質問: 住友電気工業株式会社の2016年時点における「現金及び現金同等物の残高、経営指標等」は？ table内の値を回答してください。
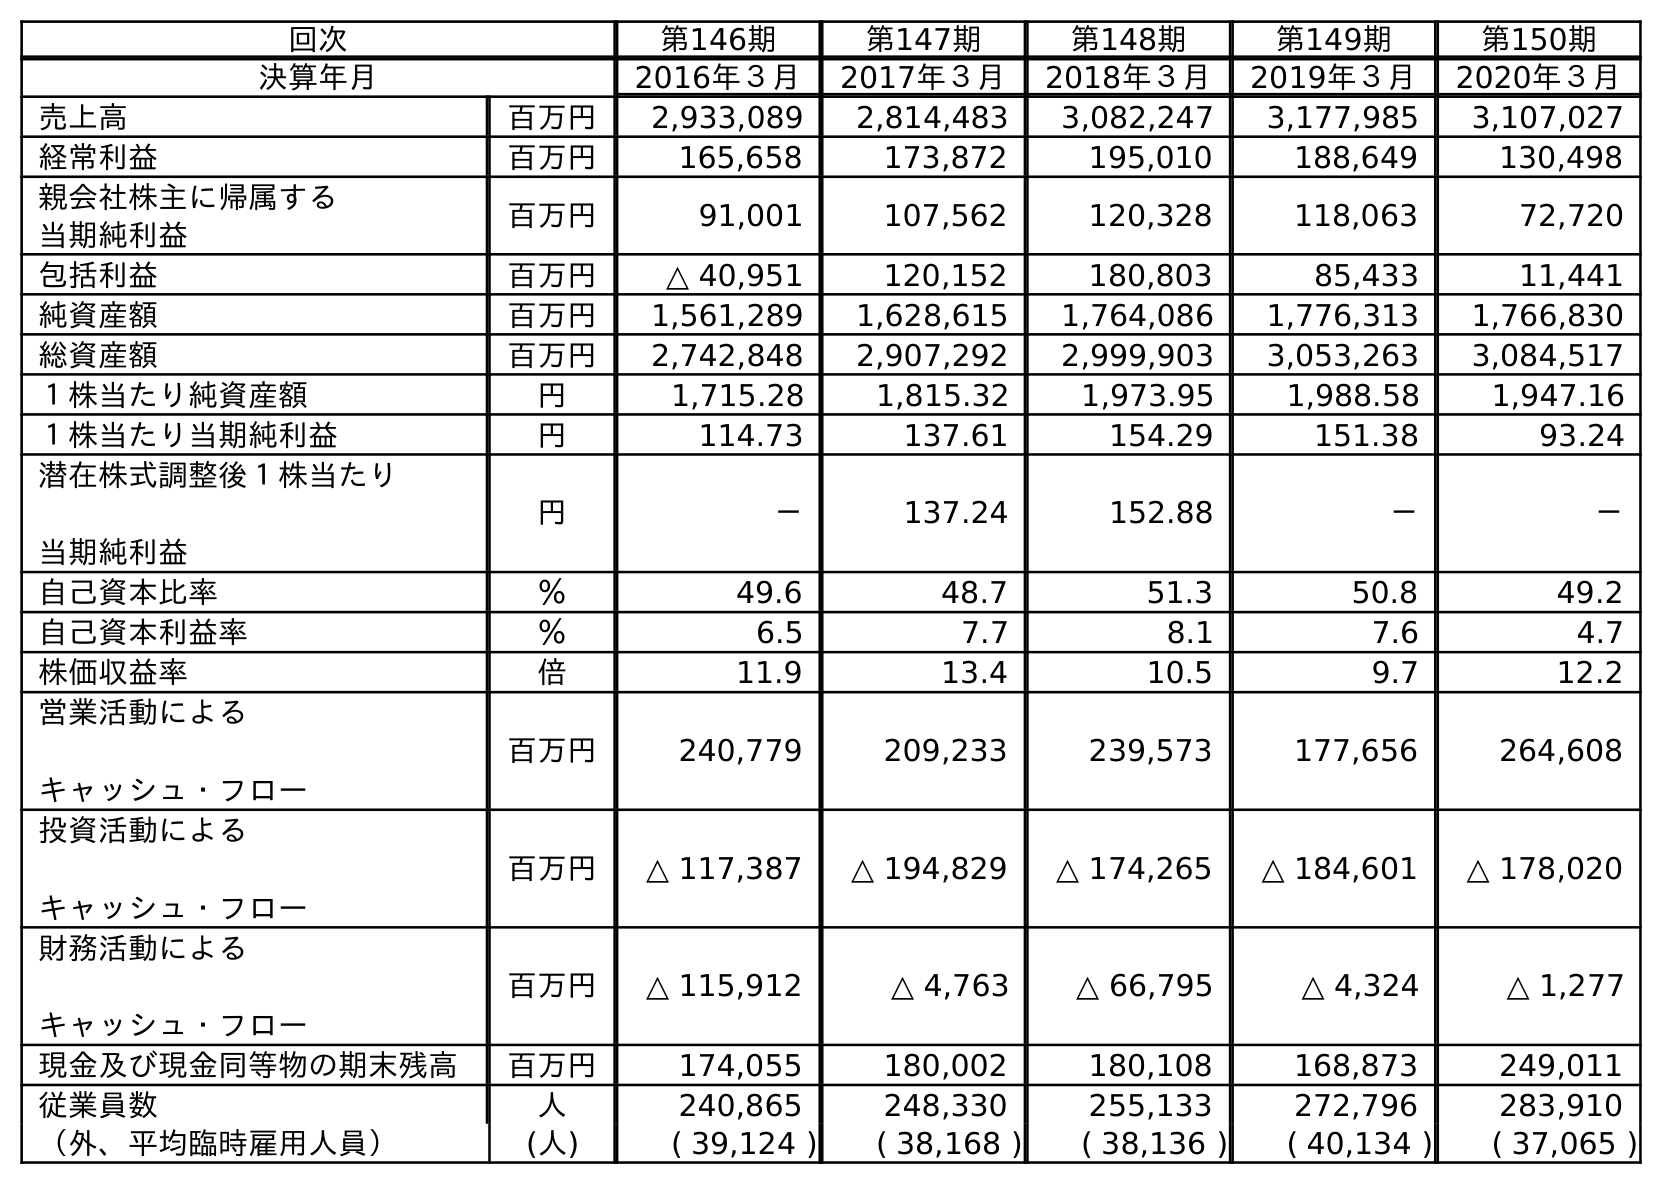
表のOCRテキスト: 回次 第146期 第147期 第148期 第149期 第150期 決算年月 2016年３月 2017年３月 2018年３月 2019年３月 2020年３月 売上高 百万円 2,933,089 2,814,483 3,082,247 3,177,985 3,107,027 経常利益 百万円 165,658 173,872 195,010 188,649 130,498 親会社株主に帰属する 当期純利益 百万円 91,001 107,562 120,328 118,063 72,720 包括利益 百万円 △ 40,951 120,152 180,803 85,433 11,441 純資産額 百万円 1,561,289 1,628,615 1,764,086 1,776,313 1,766,830 総資産額 百万円 2,742,848 2,907,292 2,999,903 3,053,263 3,084,517 １株当たり純資産額 円 1,715.28 1,815.32 1,973.95 1,988.58 1,947.16 １株当たり当期純利益 円 114.73 137.61 154.29 151.38 93.24 潜在株式調整後１株当たり 当期純利益 円 － 137.24 152.88 － － 自己資本比率 ％ 49.6 48.7 51.3 50.8 49.2 自己資本利益率 ％ 6.5 7.7 8.1 7.6 4.7 株価収益率 倍 11.9 13.4 10.5 9.7 12.2 営業活動による キャッシュ・フロー 百万円 240,779 209,233 239,573 177,656 264,608 投資活動による キャッシュ・フロー 百万円 △ 117,387 △ 194,829 △ 174,265 △ 184,601 △ 178,020 財務活動による キャッシュ・フロー 百万円 △ 115,912 △ 4,763 △ 66,795 △ 4,324 △ 1,277 現金及び現金同等物の期末残高 百万円 174,055 180,002 180,108 168,873 249,011 従業員数 人 240,865 248,330 255,133 272,796 283,910 （外、平均臨時雇用人員） (人) ( 39,124 ) ( 38,168 ) ( 38,136 ) ( 40,134 ) ( 37,065 )
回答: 174,055